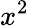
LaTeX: x^{2}